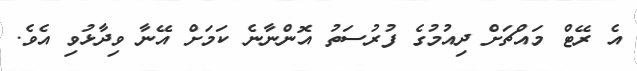
އެ ރޭޓް މައްޗަށް ދިއުމުގެ ފުރުސަތު އޮންނާނެ ކަމަށް އޭނާ ވިދާޅުވި އެވެ.